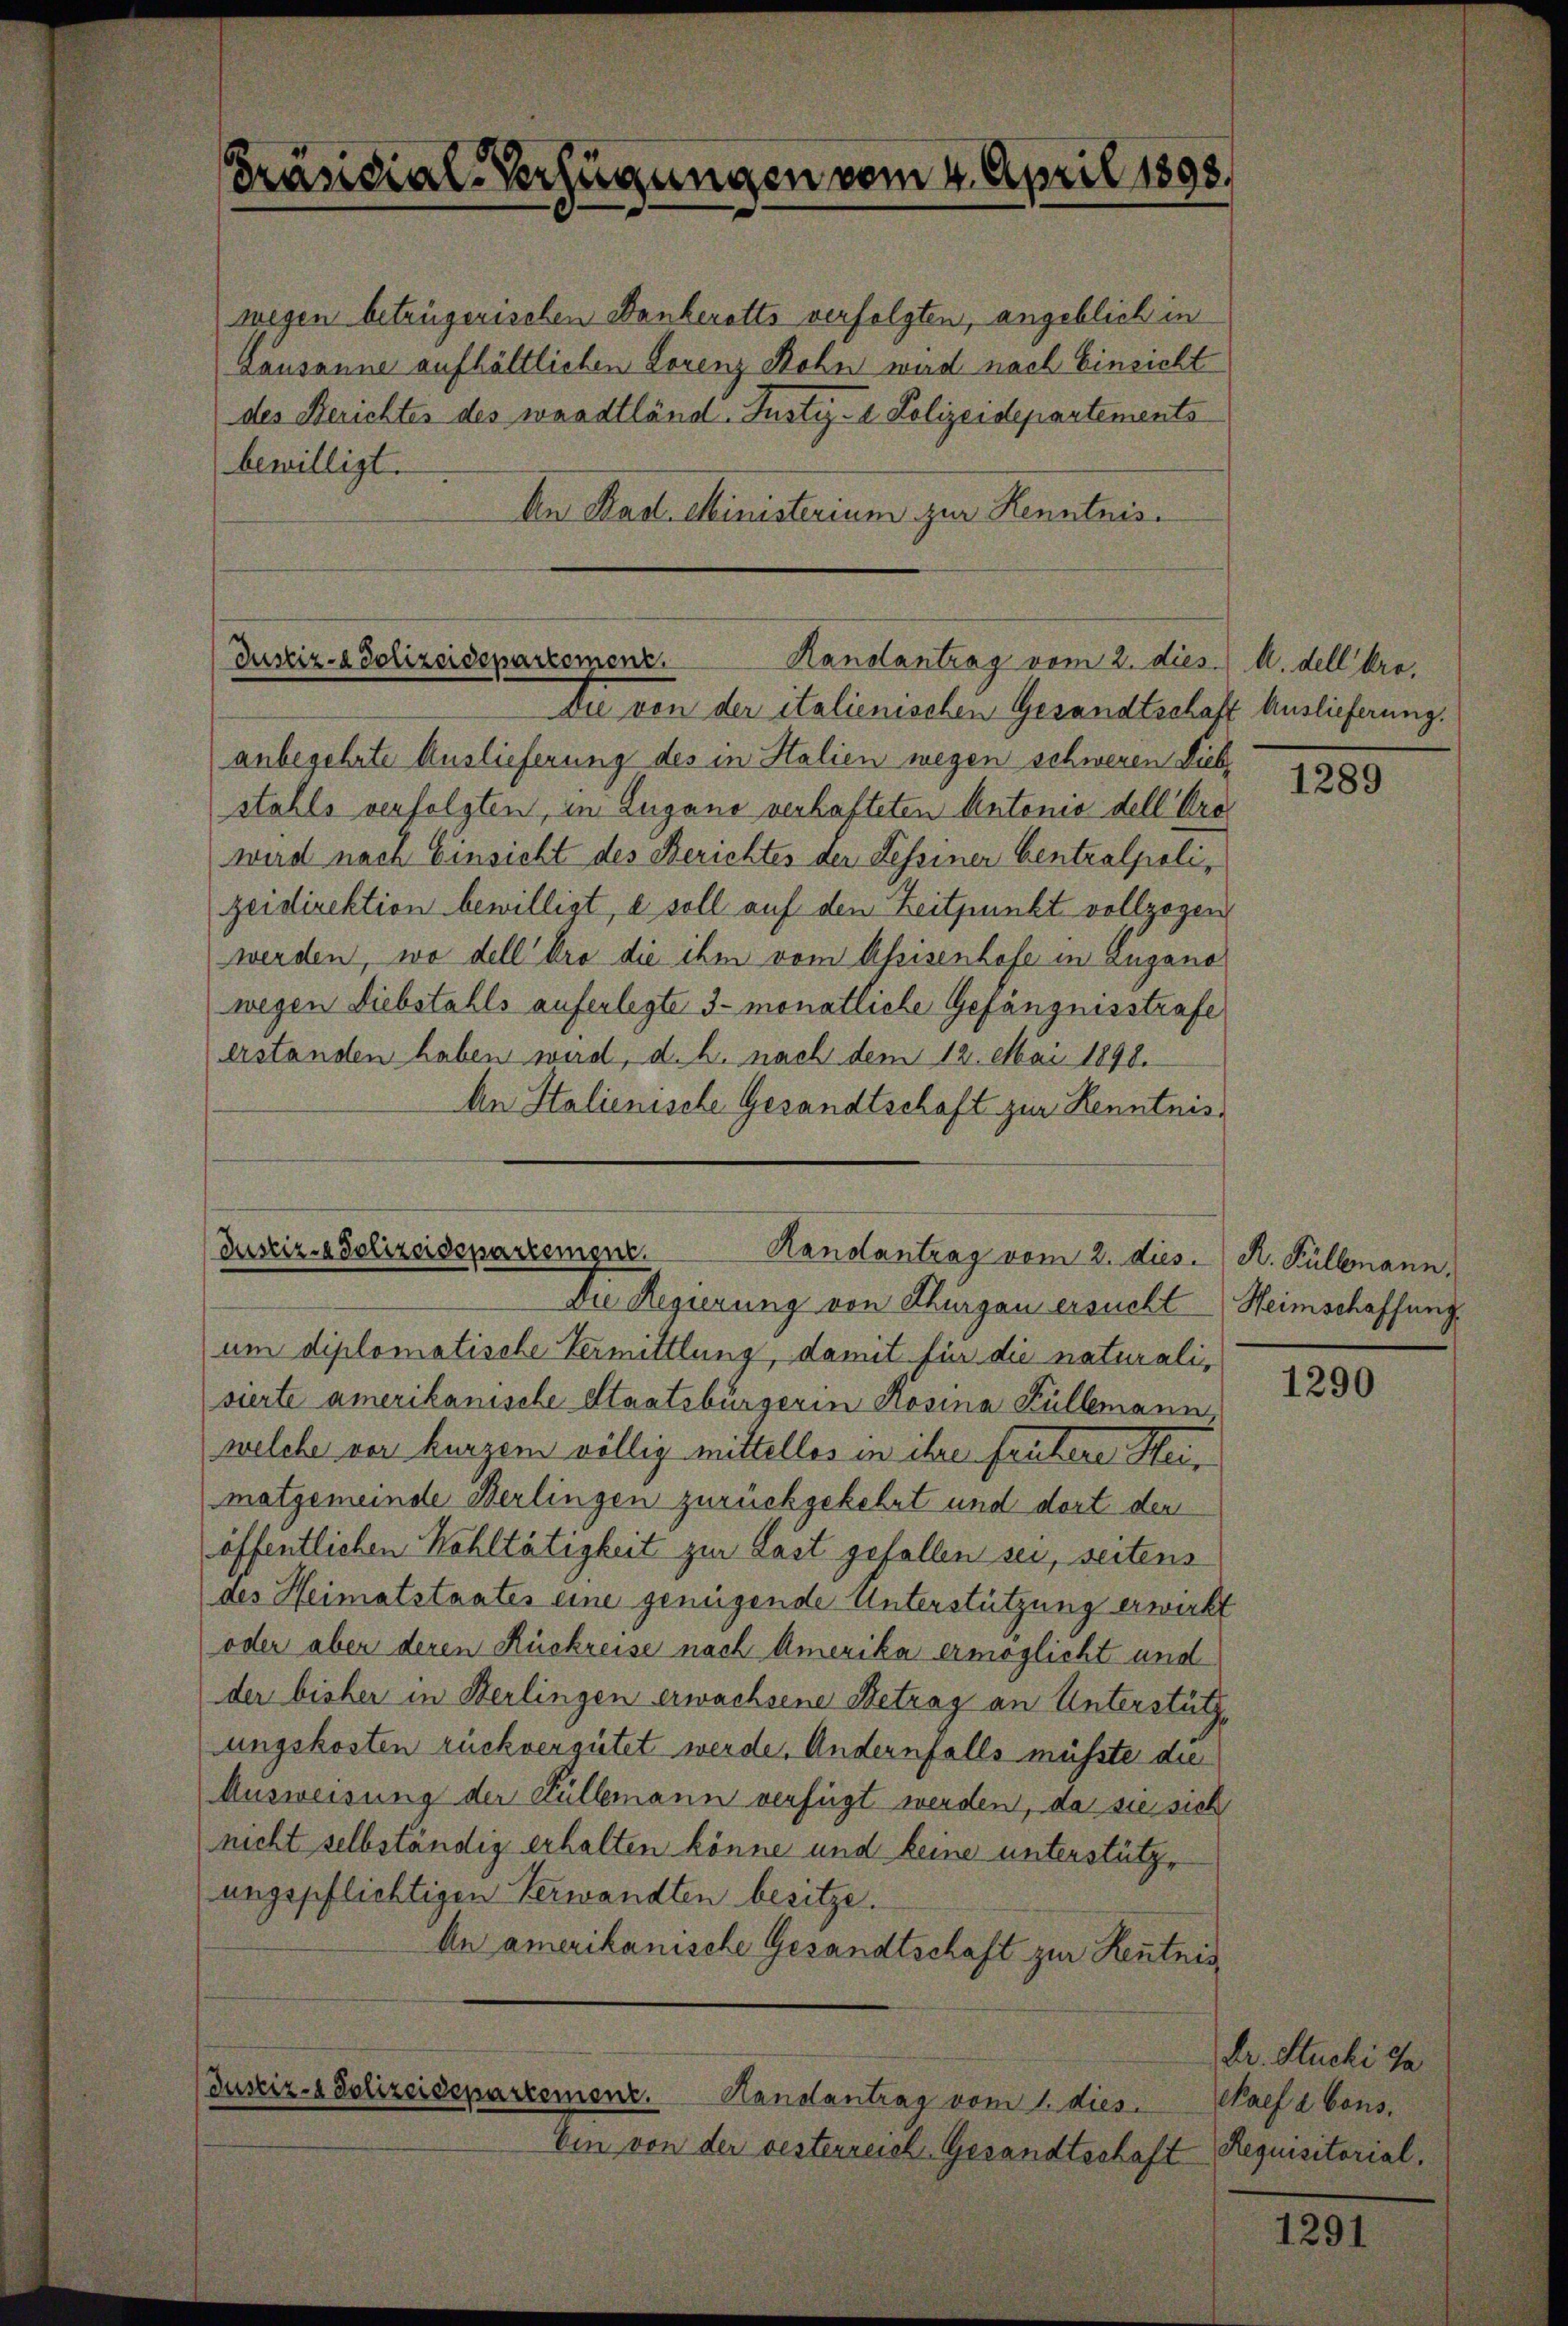
Präsidial-Verfügungen vom 4. April 1898.

wegen betrügerischen Dankerotts verfolgten, angeblich in
Lausanne aufhältlichen Lorenz Rohn wird nach Einsicht
des Berichtes des waadtländ.Justiz- & Polizeidepartements
bewilligt.
An Kad. Ministerium zur Kenntnis¬

Justiz- & Polizeidepartement
Handantrag vom 2. dies. A. dell bre¬
Au von der italienischen Gesandtschaft Auslieferung.

Justiz- & Polizeidepartement.
Randantrag vom 2. dies. R. Füllenann

anbegehrte Auslieferung des in Halien wegen schweren Diebstahls verfolgten, in Lugano verhafteten Antonio dell bre
wird nach Einsicht des Berichtes der Beseiner Centralpolizeidirektion bewilligt, e soll auf den Zeitpunkt vollzogen
werden, wo dell bro die ihm vom Aprisenhofe in Zugano
wegen Diebstahls auferlegte 3 monatliche Gefängnisstrafe
erstanden haben wird, d. h. nach dem 12. Mai 1898.
An Stalienische Gesandtschaft zur Kenntnis¬
Die Regierung von Thurgau ersucht Heimschaffung
um diplomatische Vermittlung, damit für die naturalisierte amerikanische Staatsbürgerin Rosina Füllemann
welche vor kurzem völlig mittellos in ihrer frühere Steimatgemeinde Berlingen zurückgekehrt und dort der
öffentlichen Kohltätigkeit zur Last gefallen sei, seitens
des Heimatstaates eine genügende Unterstützung erwirkt
oder aber deren Rückreise nach Amerika ermöglicht und
der bisher in Berlingen erwachsene Betrag an Unterstützungskosten rückvergütet werde. Andernfalls müßte die
Ausweisung der Füllemann verfügt werden, da sie sich
nicht selbständig erhalten könne und keine unterstützangspflichtigen Verwandten besitze.
An amerikanische Gesandtschaft zur Kenntnis,
Justiz- & Polizeidepartement.
Handantrag vom 1. dies
Ein von der gesterreich Gesandtschaft Requisitorial,

1289

1290

Dr. Stucki da
Paefa bons.

1291